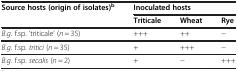
<table><thead><tr><td><b>Source hosts (origin of isolates)<sup>b</sup></b></td><td colspan="3"><b>Inoculated hosts</b></td></tr><tr><td><b> </b></td><td><b>Triticale</b></td><td><b>Wheat</b></td><td><b>Rye</b></td></tr></thead><tbody><tr><td><i>B.g.</i> f.sp. ‘triticale’ (<i>n</i> = 35)</td><td>+++</td><td>++</td><td>−</td></tr><tr><td><i>B.g.</i> f.sp. <i>tritici</i> (<i>n</i> = 35)</td><td>+</td><td>+++</td><td>−</td></tr><tr><td><i>B.g.</i> f.sp. <i>secalis</i> (<i>n</i> = 2)</td><td>+</td><td>−</td><td>+++</td></tr></tbody></table>